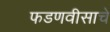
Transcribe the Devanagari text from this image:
फडणवीसाचे